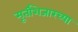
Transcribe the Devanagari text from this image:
मूर्तीशेजारच्या